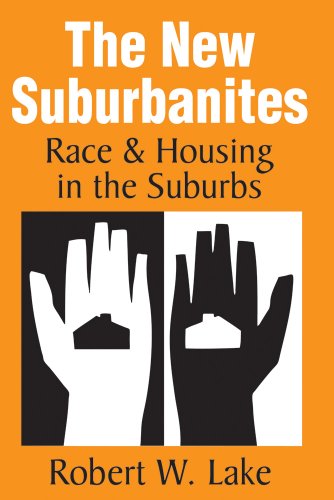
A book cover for The New Suburbanites: Race and Housing in the Suburbs; Robert W. Lake; Law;